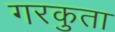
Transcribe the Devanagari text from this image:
गरकुता